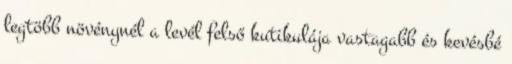
legtöbb növénynél a levél felső kutikulája vastagabb és kevésbé